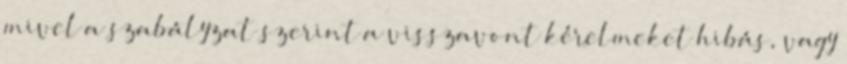
mivel a szabályzat szerint a visszavont kérelmeket hibás, vagy